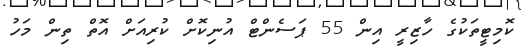
ކޮމިޓީތަކުގެ ހާޒިރީ އިން 55 ޕަސެންޓް އުނިކޮށް ކުރިއަށް އޮތް ތިން މަހު